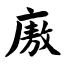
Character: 廒